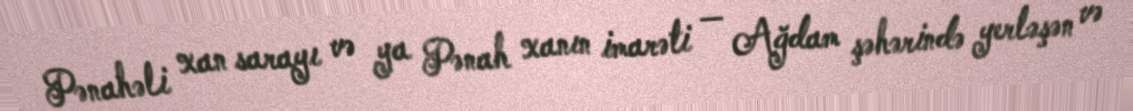
Pənahəli xan sarayı və ya Pənah xanın imarəti — Ağdam şəhərində yerləşən və